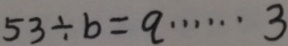
5 3 \div b = q \cdots 3